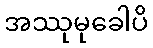
အဿုမုခေါပိ